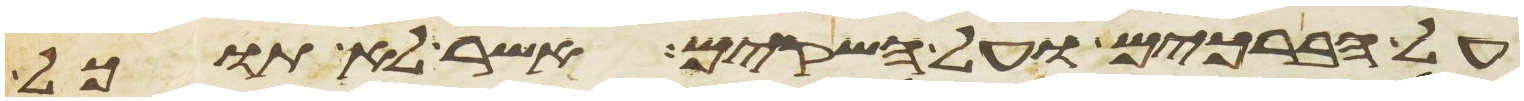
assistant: על הברכים ועל השקים אשר לא תוכל